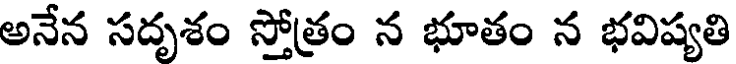
అనేన సదృశం స్తోత్రం న భూతం న భవిష్యతి